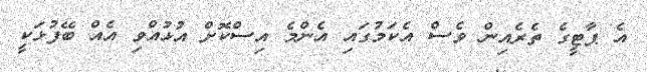
އެ ޕާޓީގެ ތެރެއިން ވެސް އެކަމުގައި އެންމެ އިސްކޮށް އުޅުއްވި އެއް ބޭފުޅަކީ